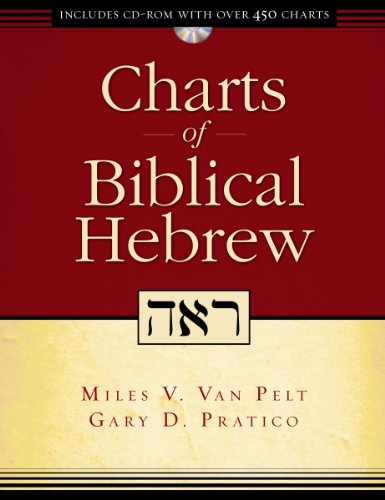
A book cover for Charts of Biblical Hebrew (ZondervanCharts); Miles V. Van Pelt; Christian Books & Bibles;